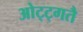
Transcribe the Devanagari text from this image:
ओट्ट्गतै